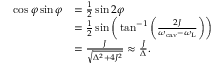
\begin{array} { r l } { \cos \varphi \sin \varphi } & { = \frac { 1 } { 2 } \sin 2 \varphi } \\ & { = \frac { 1 } { 2 } \sin \bigg ( \tan ^ { - 1 } \bigg ( \frac { 2 J } { \omega _ { \mathrm { c a v } } - \omega _ { \mathrm { L } } } \bigg ) \bigg ) } \\ & { = \frac { J } { \sqrt { \Delta ^ { 2 } + 4 J ^ { 2 } } } \approx \frac { J } { \Delta } . } \end{array}